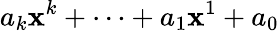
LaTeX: a_{k}\mathbf{x}^{k}+\dotsb+a_{1}\mathbf{x}^{1}+a_{0}